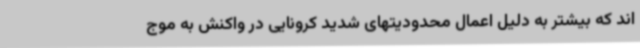
اند که بیشتر به دلیل اعمال محدودیتهای شدید کرونایی در واکنش به موج